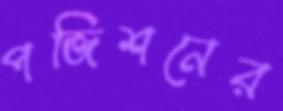
পজিশনের